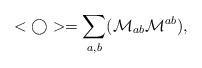
LaTeX: \begin{align*}<\bigcirc>=\sum_{a,b}(\mathcal{M}_{ab}\mathcal{M}^{ab}),\end{align*}